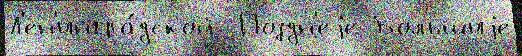
Л'ен'ингра́дской  Поздн'еjе Большиjе